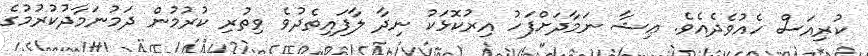
ކުރިއަސް ހެއުވެދެއެވެ. ޢިޝާ ނަމާދަށްފަހު އިރުކޮޅަކު ނިދާ ލާފައިތެދުވެ ވިތުރި ކުރުމުން ދަމުނަމާދުކުރުމުގެ